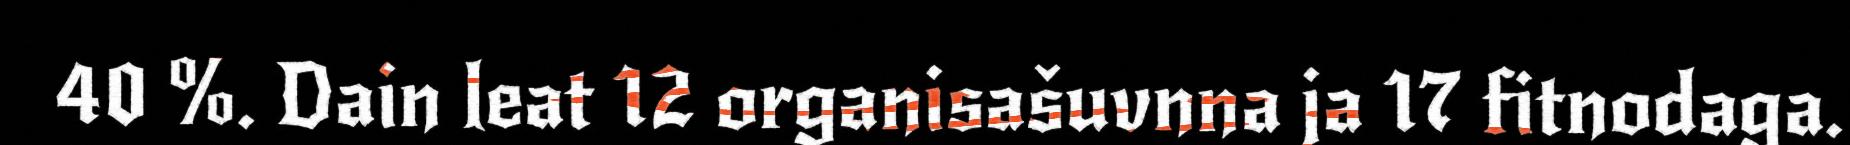
40 %. Dain leat 12 organisašuvnna ja 17 fitnodaga.